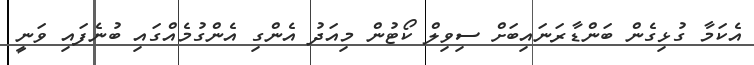
އެކަމާ ގުޅިގެން ބަންޑާރަނައިބަށް ސިވިލް ކޯޓުން މިއަދު އެންގި އެންގުމެއްގައި ބުނެފައި ވަނީ